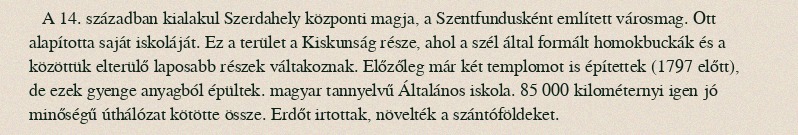
A 14. században kialakul Szerdahely központi magja, a Szentfundusként említett városmag. Ott alapította saját iskoláját. Ez a terület a Kiskunság része, ahol a szél által formált homokbuckák és a közöttük elterülő laposabb részek váltakoznak. Előzőleg már két templomot is építettek (1797 előtt), de ezek gyenge anyagból épültek. magyar tannyelvű Általános iskola. 85 000 kilométernyi igen jó minőségű úthálózat kötötte össze. Erdőt irtottak, növelték a szántóföldeket.